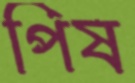
পিষ